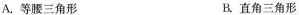
A.等腰三角形 B.直角三角形